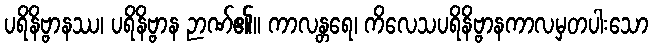
ပရိနိဗ္ဗာနဿ၊ ပရိနိဗ္ဗာန ဉာဏ်၏။ ကာလန္တရေ၊ ကိလေသပရိနိဗ္ဗာနကာလမှတပါးသော